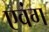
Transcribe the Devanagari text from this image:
एवंग